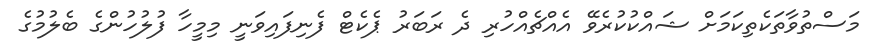
މަސްތުވާތަކެތިކަމަށް ޝައްކުކުރެވޭ އެއްޗެއްހުރި ދެ ރަބަރު ޕެކެޓް ފެނިފައިވަނީ މިމީހާ ފުލުހުންގެ ބެލުމުގެ